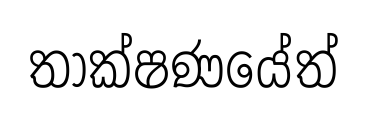
තාක්ෂණයේත්